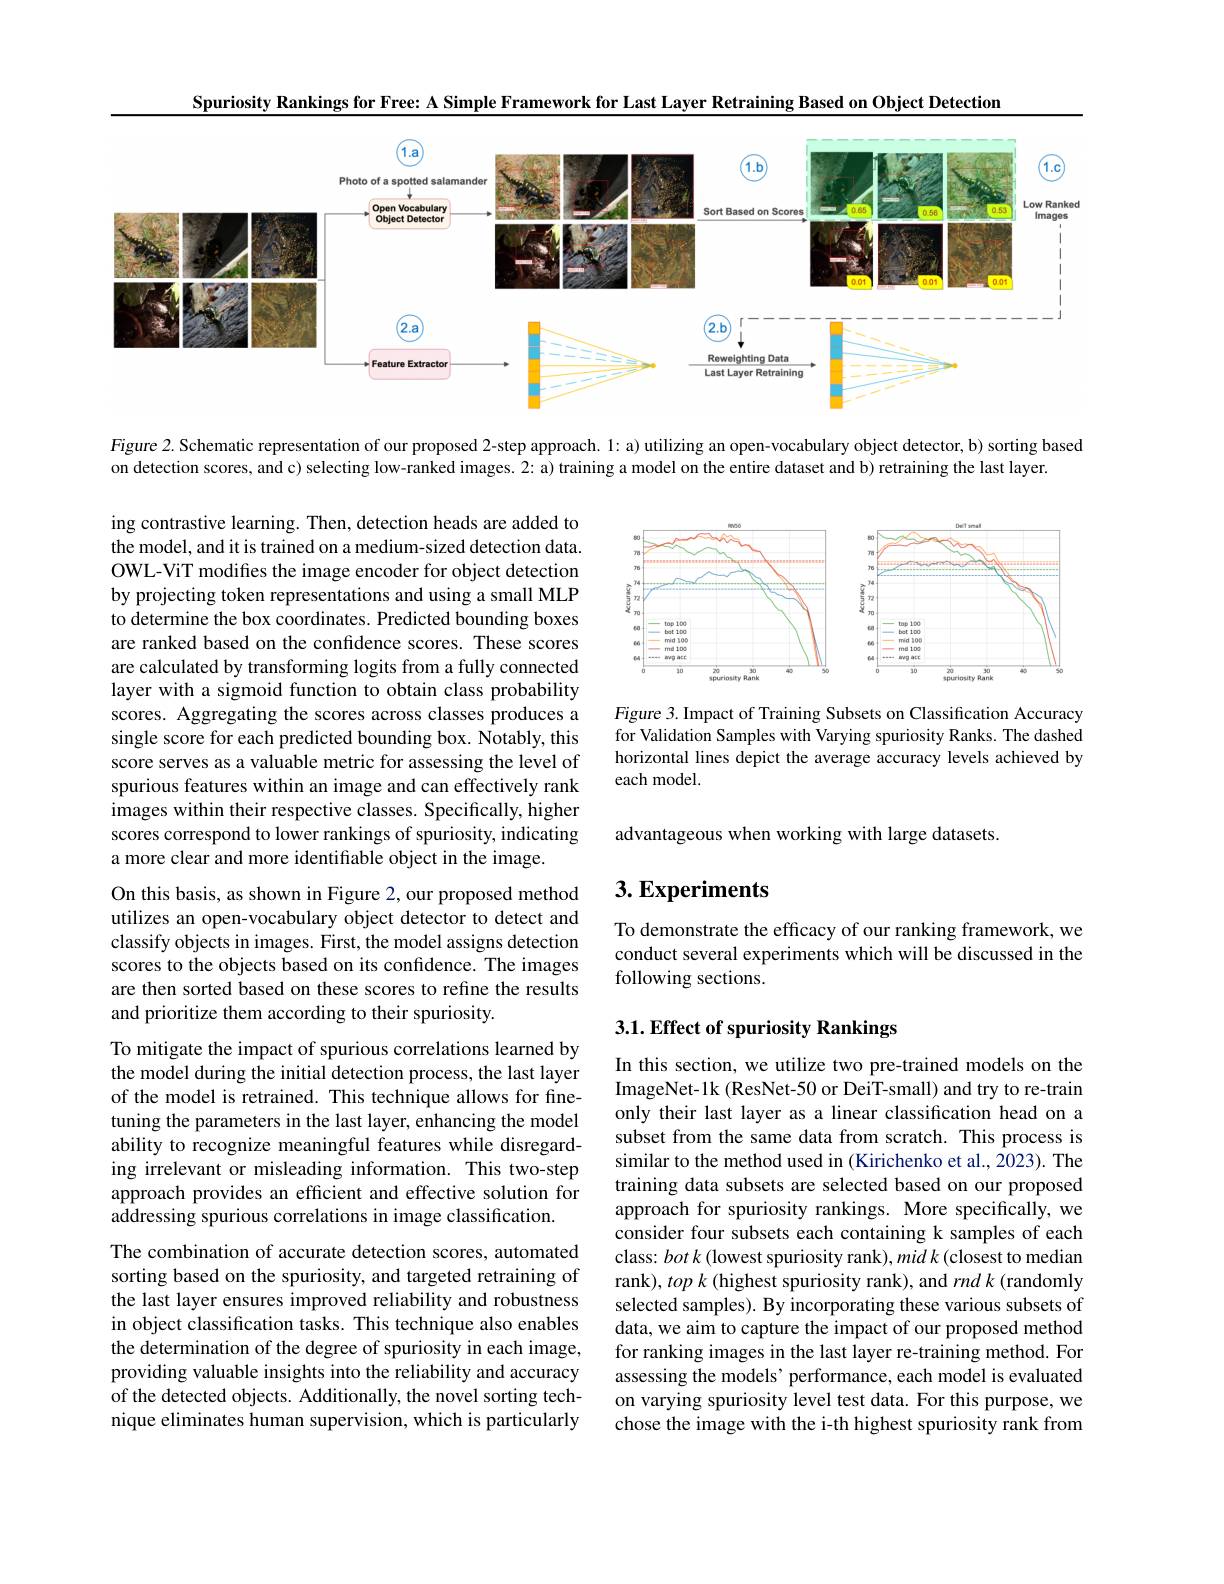
Spuriosity Rankings for Free: A Simple Framework for Last Layer Retraining Based on Object Detection
<FigureHere>

Figure 2. Schematic representation of our proposed 2-step approach. 1: a) utilizing an open-vocabulary object detector, b) sorting based

on detection scores, and c) selecting low-ranked images. 2: a) training a model on the entire dataset and b) retraining the last layer.

<FigureHere>

ing contrastive learning. Then, detection heads are added to the model, and it is trained on a medium-sized detection data. OWL-ViT modifes the image encoder for object detection by projecting token representations and using a small MLP to determine the box coordinates. Predicted bounding boxes are ranked based on the confidence scores. These scores are calculated by transforming logits from a fully connected layer with a sigmoid function to obtain class probability scores. Aggregating the scores across classes produces a single score for each predicted bounding box. Notably, this score serves as a valuable metric for assessing the level of spurious features within an image and can effectively rank images within their respective classes. Specifically, higher scores correspond to lower rankings of spuriosity, indicating a more clear and more identifiable object in the image.

Figure 3. Impact of Training Subsets on Classification Accuracy for Validation Samples with Varying spuriosity Ranks. The dashed horizontal lines depict the average accuracy levels achieved by each model.

advantageous when working with large datasets.

## $3. \textbf{Experiments}$

To demonstrate the efficacy of our ranking framework, we conduct several experiments which will be discussed in the following sections.

On this basis, as shown in Figure 2, our proposed method utilizes an open-vocabulary object detector to detect and classify objects in images. First, the model assigns detection scores to the objects based on its confidence. The images are then sorted based on these scores to refine the results and prioritize them according to their spuriosity.

## 3.1. Effect of spuriosity Rankings

To mitigate the impact of spurious correlations learned by the model during the initial detection process, the last layer of the model is retrained. This technique allows for finetuning the parameters in the last layer, enhancing the model ability to recognize meaningful features while disregarding irrelevant or misleading information. This two-step approach provides an efficient and effective solution for addressing spurious correlations in image classification.

In this section, we utilize two pre-trained models on the ImageNet-1k (ResNet-50 or DeiT-small) and try to re-train only their last layer as a linear classification head on a subset from the same data from scratch. This process is similar to the method used in (Kirichenko et al., 2023). The training data subsets are selected based on our proposed approach for spuriosity rankings. More specifically, we consider four subsets each containing k samples of each class: botk (lowest spuriosity rank), mid k (closest to median rank), $top\textit{k}($highest spuriosity rank), and $rnd\textit{k}($randomly selected samples). By incorporating these various subsets of data, we aim to capture the impact of our proposed method for ranking images in the last layer re-training method. For assessing the models' performance, each model is evaluated on varying spuriosity level test data. For this purpose, we chose the image with the i-th highest spuriosity rank from

The combination of accurate detection scores, automated sorting based on the spuriosity, and targeted retraining of the last layer ensures improved reliability and robustness in object classification tasks. This technique also enables the determination of the degree of spuriosity in each image, providing valuable insights into the reliability and accuracy of the detected objects. Additionally, the novel sorting technique eliminates human supervision, which is particularly